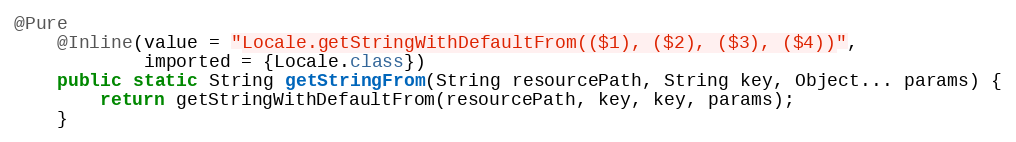
Language: Java
@Pure
	@Inline(value = "Locale.getStringWithDefaultFrom(($1), ($2), ($3), ($4))",
			imported = {Locale.class})
	public static String getStringFrom(String resourcePath, String key, Object... params) {
		return getStringWithDefaultFrom(resourcePath, key, key, params);
	}